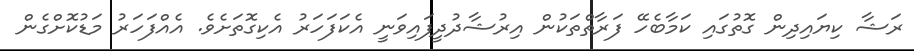
ރަޝާ ކިޔައިދިން ގޮތުގައި ކަމާބެހޭ ފަރާތްތަކުން އިރުޝާދުދީފައިވަނީ އެކަފަހަރު އެކިގޮތަށެވެ. އެއްފަހަރު މަޑުކޮށްގެން